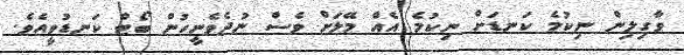
ވާގިލިން ނިކުމެ ކަނޑަށް ނިކުމެ އެއް މޭލަށް ވެސް ނުދެވެނީހުން ބޯޓް ކަނޑުވީއެވެ.